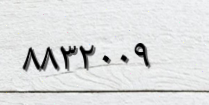
٨٨٣٢٠٠٩